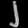
Digit: ၂